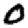
Digit: 0